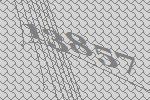
13857